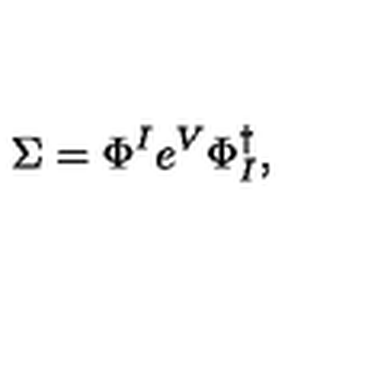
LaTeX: \Sigma = \Phi ^ { I } e ^ { V } \Phi _ { I } ^ { \dagger } ,